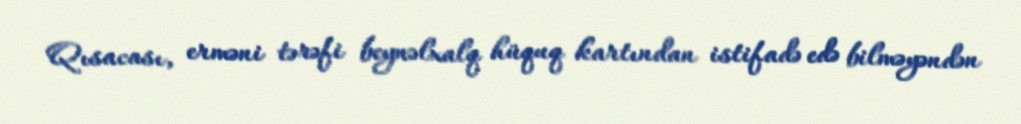
Qısacası, erməni tərəfi beynəlxalq hüquq kartından istifadə edə bilməyəndən